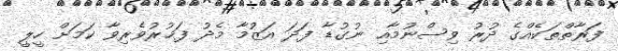
ފަރާތްތަކެއްގެ ދުރު ވިސްނުމާއި ނުގުޑާ ފަދަ އަޒުމާ މެދު ފަޚުރުވެރިވާ ކަމަށް ހީލީ